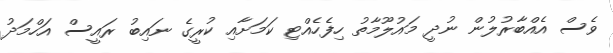
ވެސް އެއްބާރުލުން ނުދީ މައުލޫމާތު ހިފެހެއްޓި ކަމަށާއި ކުރީގެ ނައިބު ރައީސް އަހްމަދު